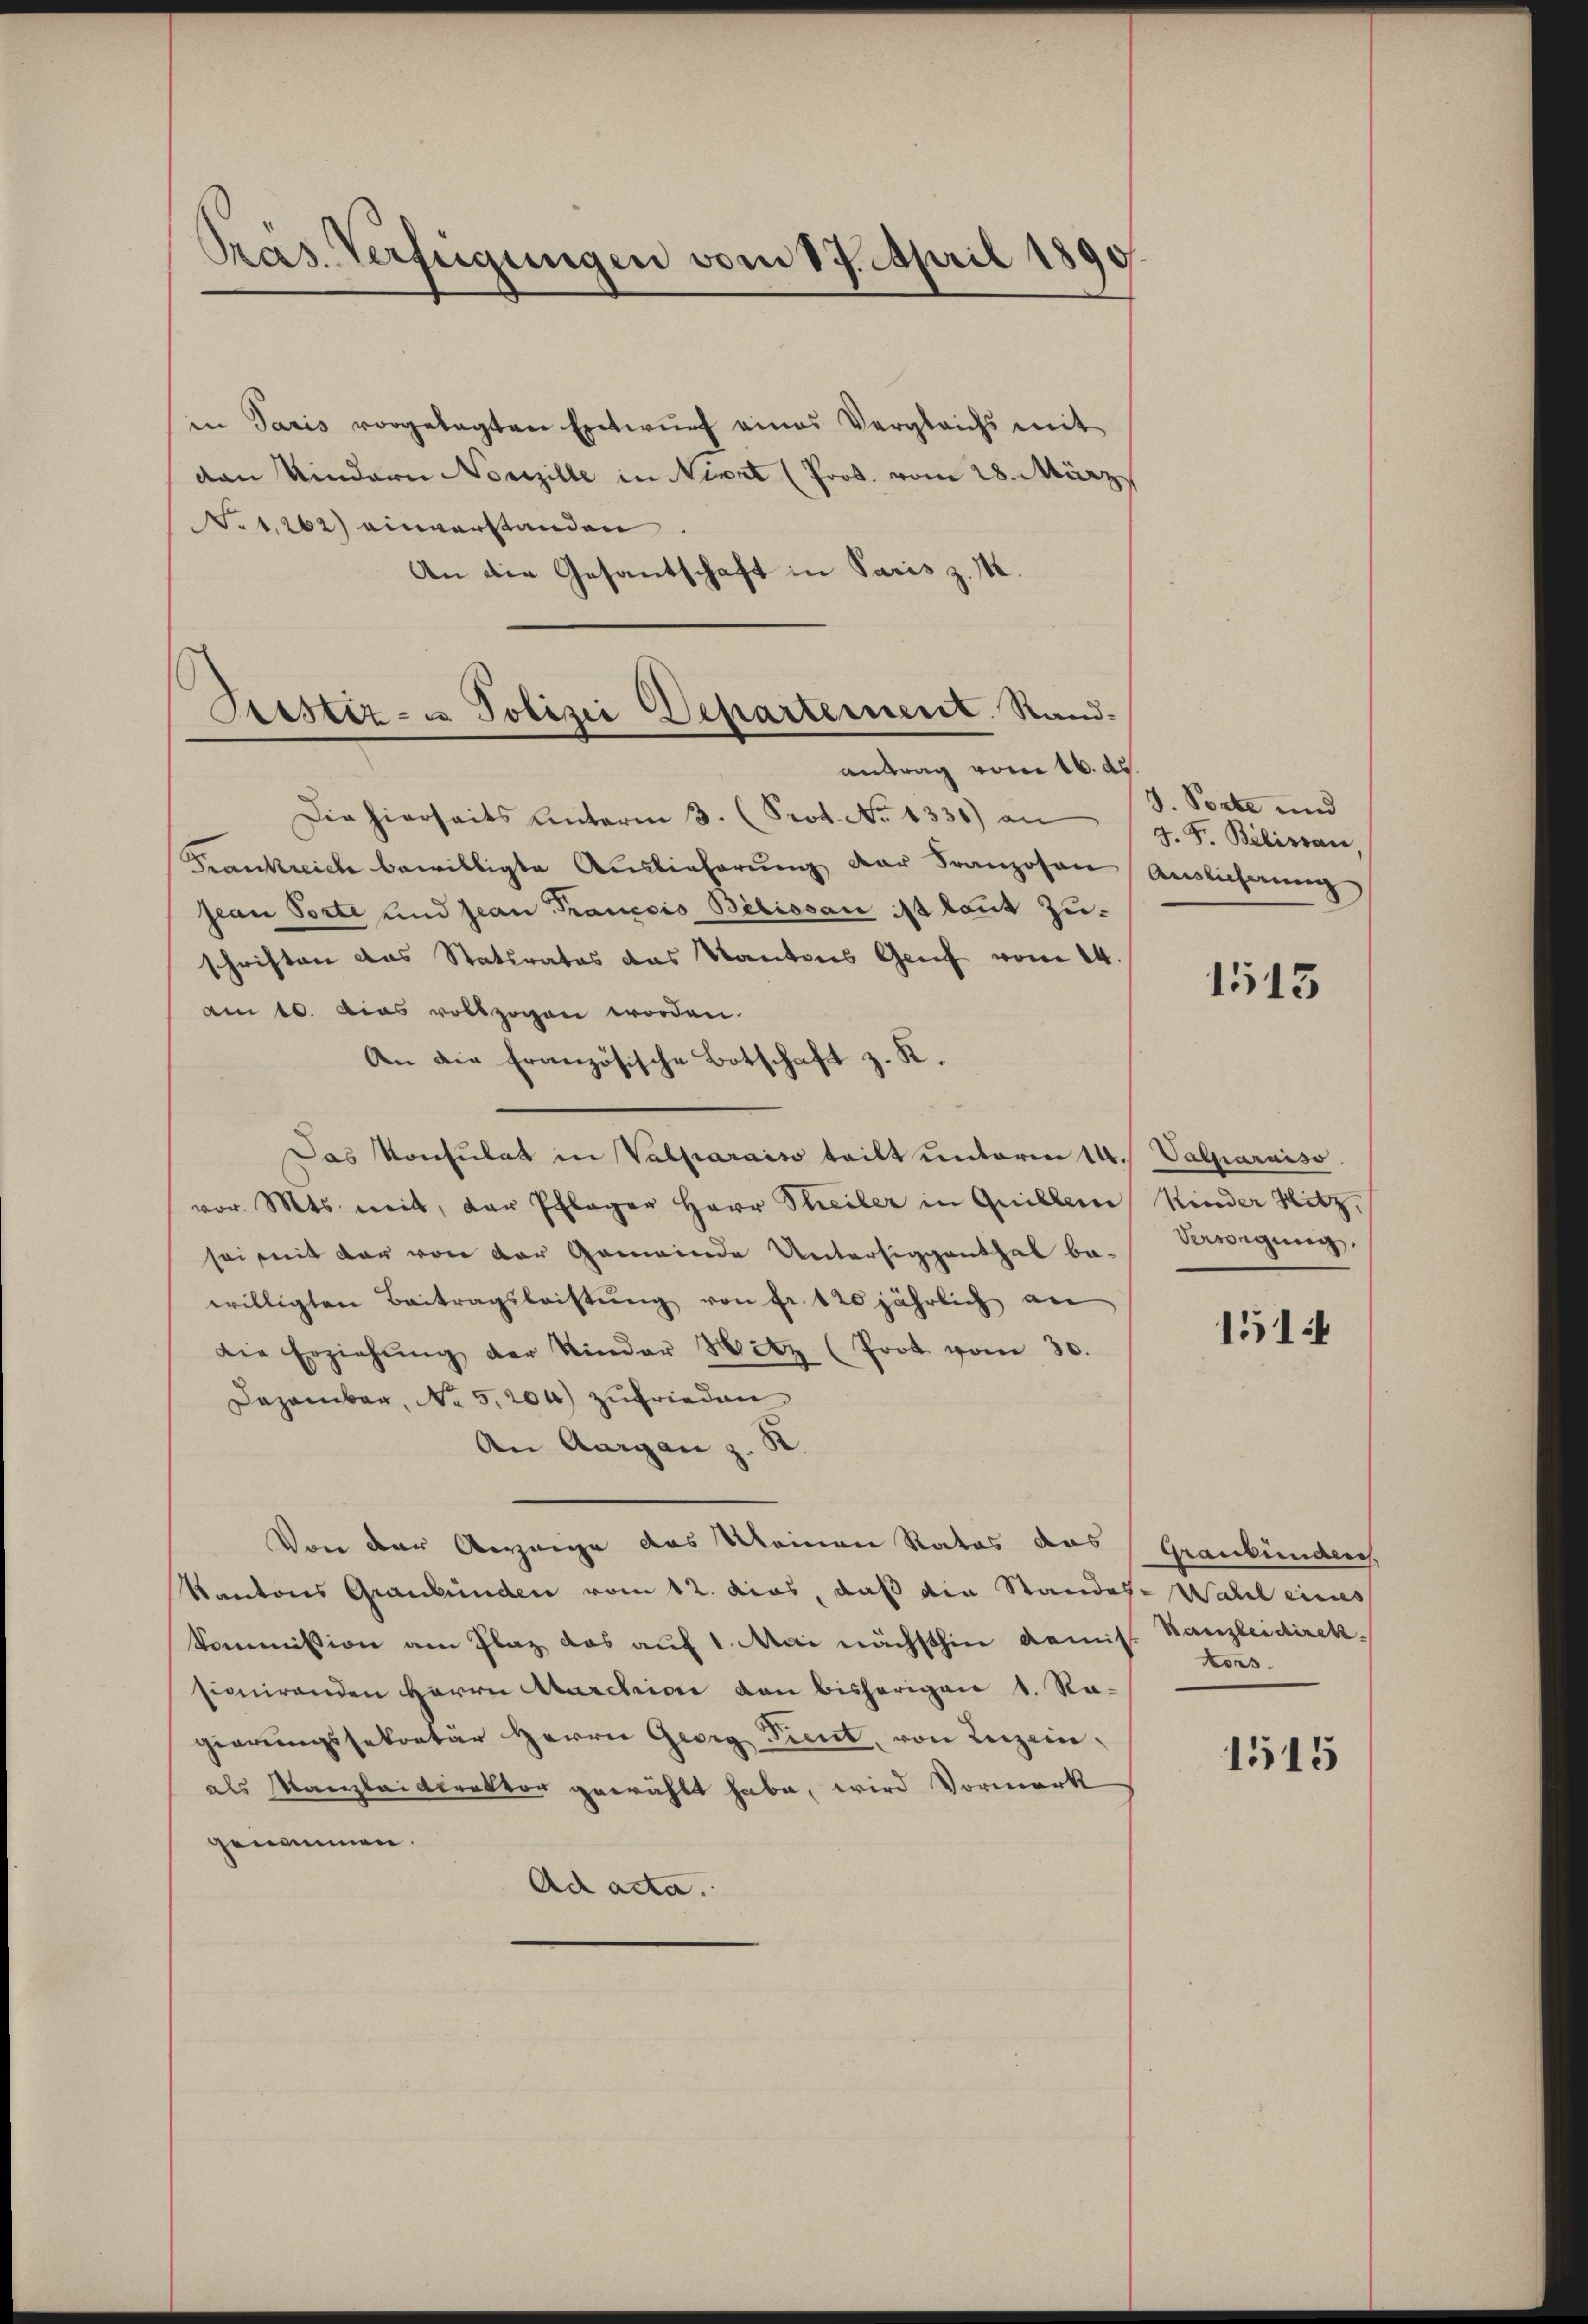
Pras. Verfügungen vom 17. April 1890

Trestiz- u. Polizei Departement. Sandantrag vom 16. d.

in Paris vorgelegten Entwŭrf eines Vergleichs mit
dan Kindern Norzille in Neert (Prot. vom 28. März
. 1,262) einverstanden
An die Gesandschaft in Paris z. K.
Die hierseits Unterm 3. (Prot. No 1331) an
Frankreiche bewilligte Auslieferung der Franzosen
jean Porte und Jean Francois Bibissan ist kannt zuschriften das Staturatos das Kantons Genf vom 14.
am 10. Das vollzogen worden.
An die Französische Botschaft z. K.
Das Konsulat in Valparaiso teilt unterm 14. Valparniso
vor. Mts. mit, der Pflager Herr Theiler in Quillene Kinder Hitz
sei mit der von der Gemeinde Untersiggenthal ba-Reigung.
willigten Beitragsleistŭng von fr. 120 jährlich an
die Erziehŭng der Kinder Netz (Prot vom 30.
Dezember, No 5,204) zufrieden
An Aargau z. S.
Von der Anzeige des Meinen Rates das Graubünden,
Kantons Graubünden vom 12. dies, daß die Standese Wahl eines
kommission am Plaz das auf 1. Mai nächsthin Komis. Kanzleidireksimirenden Herrn Marchive den bisherigen 1. Ra-
gierungssekretär Herrn Georg Tint, von Leizein,
als Kanzleidirektor gewählt habe, wird Vormerk
genommen.
Ad acta.

J. Porte und
J. F. Bilisau,
Auslicherung

1513

151

Kons.

1515